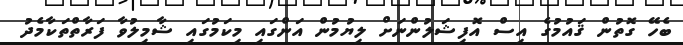
ބެހޭ ގޮތުން ޤައުމުގެ އިސް އޮފިޝަލުންނަށް ލިޔުމުން އަންގައި މިކަމުގައި ޝާމިލުވާ ފަރާތްތަކާމެދު